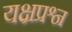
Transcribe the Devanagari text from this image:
यक्षप्रश्न